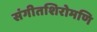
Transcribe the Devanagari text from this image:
संगीतशिरोमणि